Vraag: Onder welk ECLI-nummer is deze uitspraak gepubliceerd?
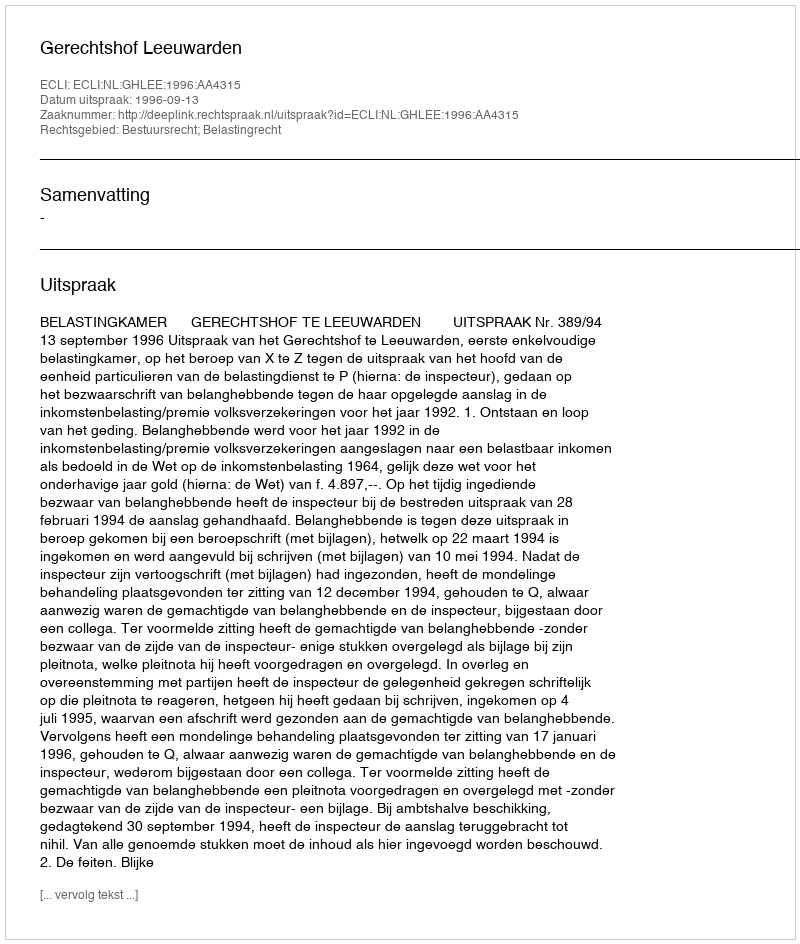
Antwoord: ECLI:NL:GHLEE:1996:AA4315